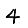
Digit: 4